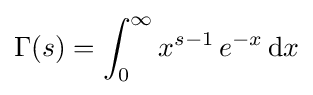
\Gamma (s)=\int _{0}^{\infty }x^{s-1}\,e^{-x}\,\mathrm {d} x